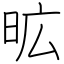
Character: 昿